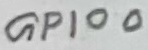
Text: GPIO0